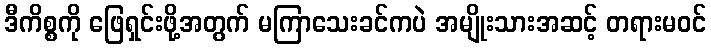
ဒီကိစ္စကို ဖြေရှင်းဖို့အတွက် မကြာသေးခင်ကပဲ အမျိုးသားအဆင့် တရားမဝင်